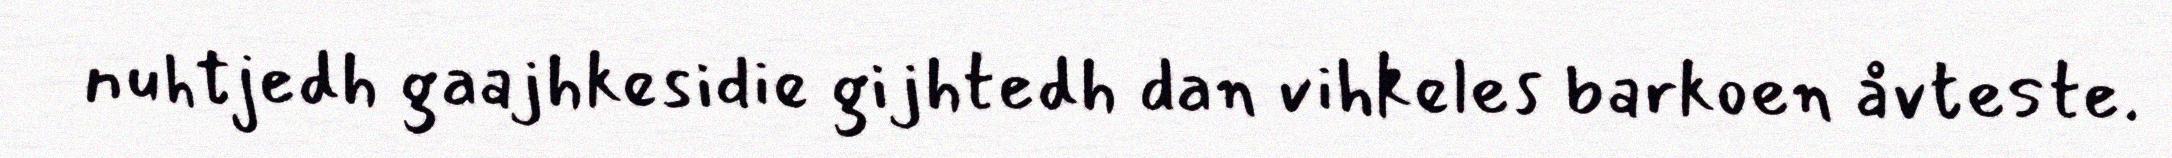
nuhtjedh gaajhkesidie gijhtedh dan vihkeles barkoen åvteste.